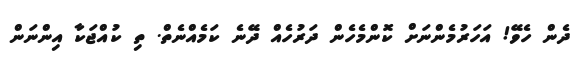
ދެން ހެވޭ! އަހަރުމެންނަށް ކޮންމެހެން ދަރުހެއް ދޭނެ ކަމެއްނެތް. ތި ކުއްޖަކާ އިންނަން